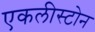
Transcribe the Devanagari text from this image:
एकलीस्टोन